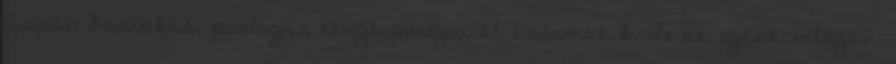
Japán homokos, parlagos tengerpartjairól származik, de az egész világon,